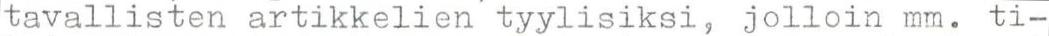
tavallisten artikkelien tyylisiksi, jolloin mm. ti-